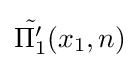
{\tilde {\Pi _{1}'}}(x_{1},n)